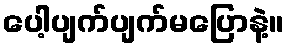
ပေါ့ပျက်ပျက်မပြောနဲ့။